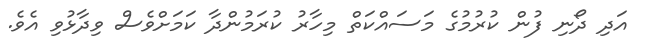
އަދި ދޯނި ފުން ކުރުމުގެ މަސައްކަތް މިހާރު ކުރަމުންދާ ކަމަށްވެސް ވިދާޅުވި އެވެ.